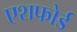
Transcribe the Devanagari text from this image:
एशफोर्ड